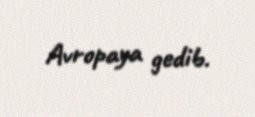
Avropaya gedib.